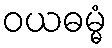
ဝယဓမ္မံ